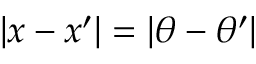
\lvert x - x ^ { \prime } \rvert = \lvert \theta - \theta ^ { \prime } \rvert